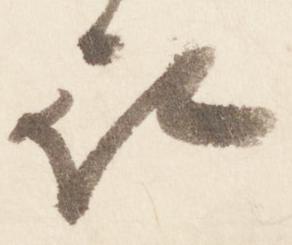
被